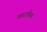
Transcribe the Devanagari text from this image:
साराकेंस